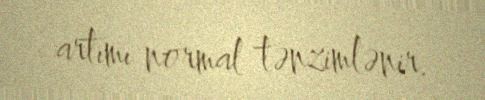
artımı normal tənzimlənir.